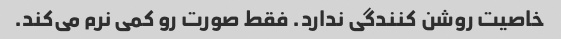
خاصیت روشن کنندگی ندارد. فقط صورت رو کمی نرم می‌کند.